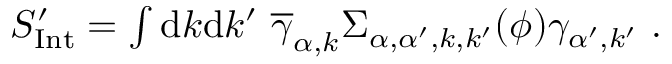
\begin{array} { r } { S _ { \mathrm { { I n t } } } ^ { \prime } = \int \mathrm { d } k \mathrm { d } k ^ { \prime } \, \, \overline { \gamma } _ { \alpha , { k } } \Sigma _ { \alpha , \alpha ^ { \prime } , { k } , { k ^ { \prime } } } ( \phi ) { \gamma } _ { \alpha ^ { \prime } , { k ^ { \prime } } } \ . } \end{array}